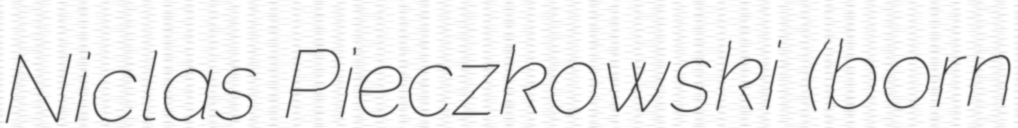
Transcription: Niclas Pieczkowski (born